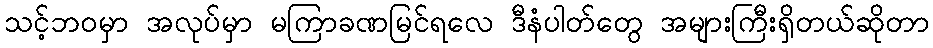
သင့်ဘဝမှာ အလုပ်မှာ မကြာခဏမြင်ရလေ ဒီနံပါတ်တွေ အများကြီးရှိတယ်ဆိုတာ